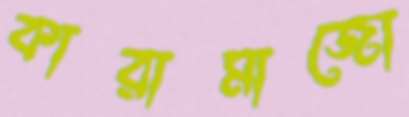
কারামাজো